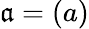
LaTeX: {\mathfrak{a}}=(a)